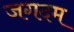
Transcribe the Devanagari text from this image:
जगदम